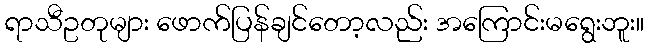
ရာသီဥတုများ ဖောက်ပြန်ချင်တော့လည်း အကြောင်းမရွေးဘူး။